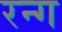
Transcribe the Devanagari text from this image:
रन्ग